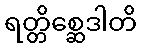
ရတ္တိစ္ဆေဒါတိ